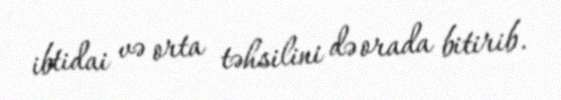
ibtidai və orta təhsilini də orada bitirib.